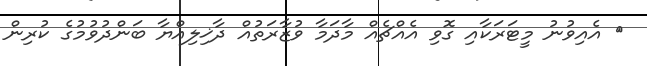
އެއިވުނު މީޓަރަކާއި ގޮވި އެއްޗެއް މާދަމާ ވުޒާރަތުއް ދާޚިލިއްޔާ ބަންދުވުމުގެ ކުރިން